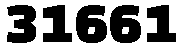
31661